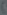
)